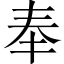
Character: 奉